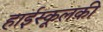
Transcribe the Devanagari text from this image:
हाईस्कूलकी